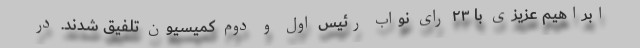
ابراهیم عزیزی با ۲۳ رای نواب رئیس اول و دوم کمیسیون تلفیق شدند. در